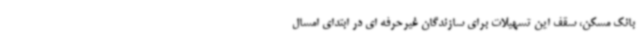
بانک مسکن، سقف این تسهیلات برای سازندگان غیرحرفه ای در ابتدای امسال